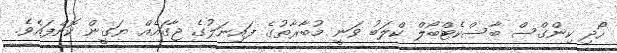
ހޯދި ކިންގްސް ބާސްކެޓްބޯލް ކްލަބު ވަނީ މުބާރާތުގެ ފައިނަލުގެ ޖާގައެއް ޔަގީން ކޮށްފައެވެ.